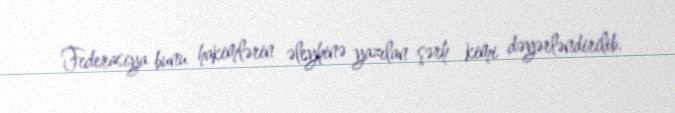
Federasiya bunu hakimlərin əleyhinə yazılan şərh kimi dəyərləndirilib.